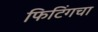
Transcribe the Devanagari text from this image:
फिटिंगचा